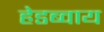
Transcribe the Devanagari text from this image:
हेडब्वाय